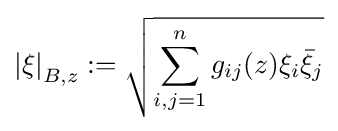
\left\vert \xi \right\vert _{B,z}:={\sqrt {\sum _{i,j=1}^{n}g_{ij}(z)\xi _{i}{\bar {\xi }}_{j}}}